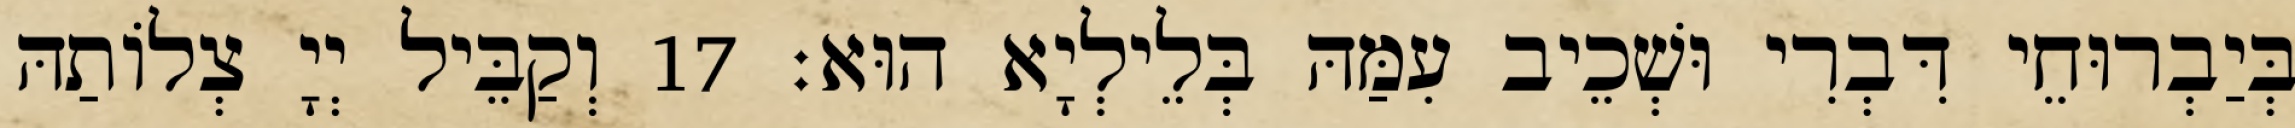
בְּיַבְרוּחֵי דִּבְרִי וּשְׁכֵיב עִמַּהּ בְּלֵילְיָא הוּא׃ 17 וְקַבֵּיל יְיָ צְלוֹתַהּ